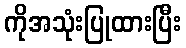
ကိုအသုံးပြုထားပြီး